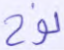
نوح